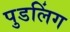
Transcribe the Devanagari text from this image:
पुडलिंग